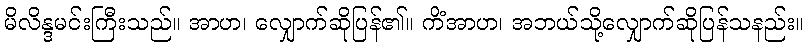
မိလိန္ဒမင်းကြီးသည်။ အာဟ၊ လျှောက်ဆိုပြန်၏။ ကိံအာဟ၊ အဘယ်သို့လျှောက်ဆိုပြန်သနည်း။